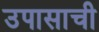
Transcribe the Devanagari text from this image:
उपासाची